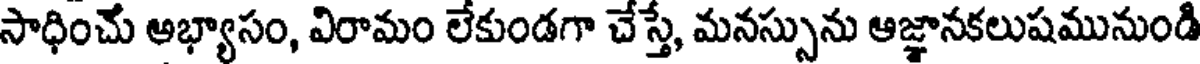
సాధించు ఆభ్యాసం, విరామం లేకుండగా చేస్తే, మనస్సును ఆజ్ఞానకలుషమునుండి